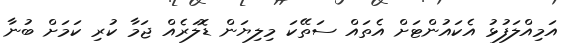
އަމިއްލަފުޅު އެކައުންޓަށް އެތައް ސަތޭކަ މިލިޔަން ޑޮލަރެއް ޖަމާ ކުރި ކަމަށް ބުނާ